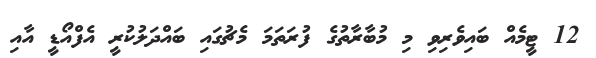
12 ޓީމެއް ބައިވެރިވި މި މުބާރާތުގެ ފުރަތަމަ މެޗުގައި ބައްދަލުކުރީ އެފްއޯޑީ އާއި